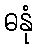
ဓနုံ